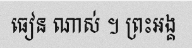
ធៀន ណាស់ ។ ព្រះអង្គ